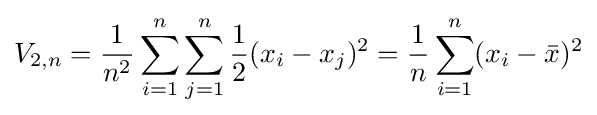
V_{2,n}={\frac {1}{n^{2}}}\sum _{i=1}^{n}\sum _{j=1}^{n}{\frac {1}{2}}(x_{i}-x_{j})^{2}={\frac {1}{n}}\sum _{i=1}^{n}(x_{i}-{\bar {x}})^{2}